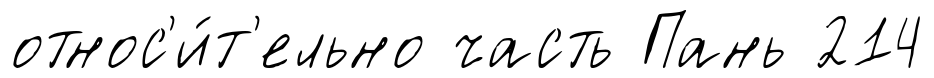
относ'и́т'ельно часть Пань 214